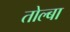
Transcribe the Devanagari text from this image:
तोल्बा